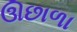
ઊછાળા